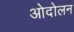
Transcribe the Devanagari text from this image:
ओदोलन